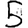
Digit: 5